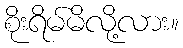
စိုးရိမ်မိလို့လား။